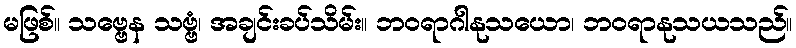
မဖြစ်။ သဗ္ဗေန သဗ္ဗံ၊ အချင်းခပ်သိမ်း။ ဘဝရာဂါနုသယော၊ ဘဝရာနုသယသည်။